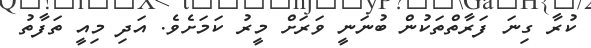
ކުރާ ގިނަ ފަރާތްތަކުން ބުނަނީ ވަރަށް މީރު ކަމަށެވެ. އަދި މިއީ ތަފާތު